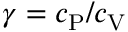
\gamma = c _ { \mathrm { P } } / c _ { \mathrm { V } }